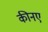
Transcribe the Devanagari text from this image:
कीनए